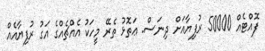
ފޮއްޓެއް 50000 ރުފިޔާއަށް ދިނަސް. ޢަތޮޅު ތެރޭ މީހަކު އެއްޗެއްގެ އަގު ރުފިޔާއެއް